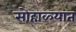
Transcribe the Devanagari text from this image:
सोहाळ्यात